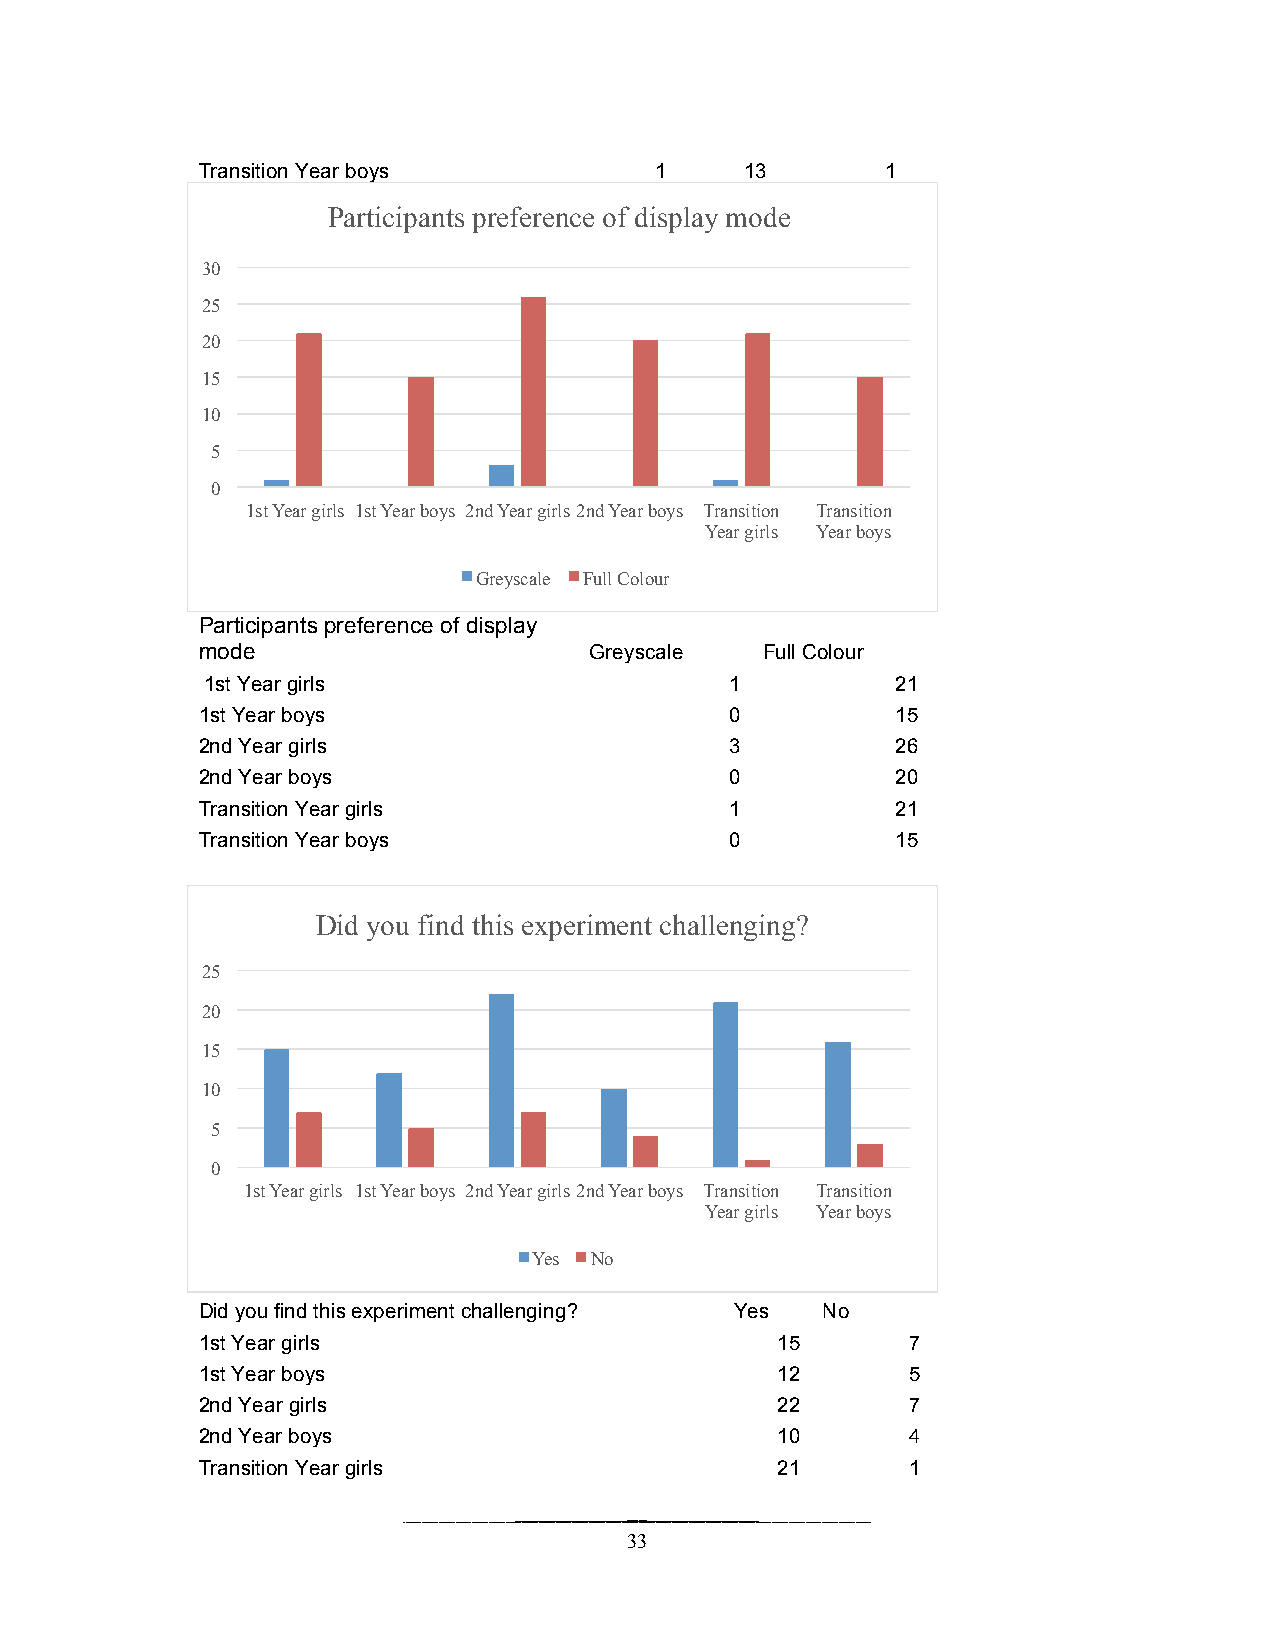
Transition Year boys          1     13        1
 Participants preference of display mode
 30
 25
 20
 15
 10
 5
 0
 1st Year girls 1st Year boys 2nd Year girls 2nd Year boys Transition Transition
 Year girls Year boys
 Greyscale Full Colour
 Participants preference of display
 mode                      Greyscale   Full Colour
 1st Year girls                    1          21
 1st Year boys                      0          15
 2nd Year girls                     3          26
 2nd Year boys                      0          20
 Transition Year girls              1          21
 Transition Year boys               0          15
 Did you find this experiment challenging?
 25
 20
 15
 10
 5
 0
 1st Year girls 1st Year boys 2nd Year girls 2nd Year boys Transition Transition
 Year girls Year boys
 Yes No
 Did you find this experiment challenging? Yes No
 1st Year girls                        15       7
 1st Year boys                         12       5
 2nd Year girls                        22       7
 2nd Year boys                         10       4
 Transition Year girls                 21       1
 33